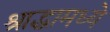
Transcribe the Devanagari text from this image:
श्राद्धामध्ये